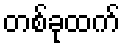
တစ်ခုထက်